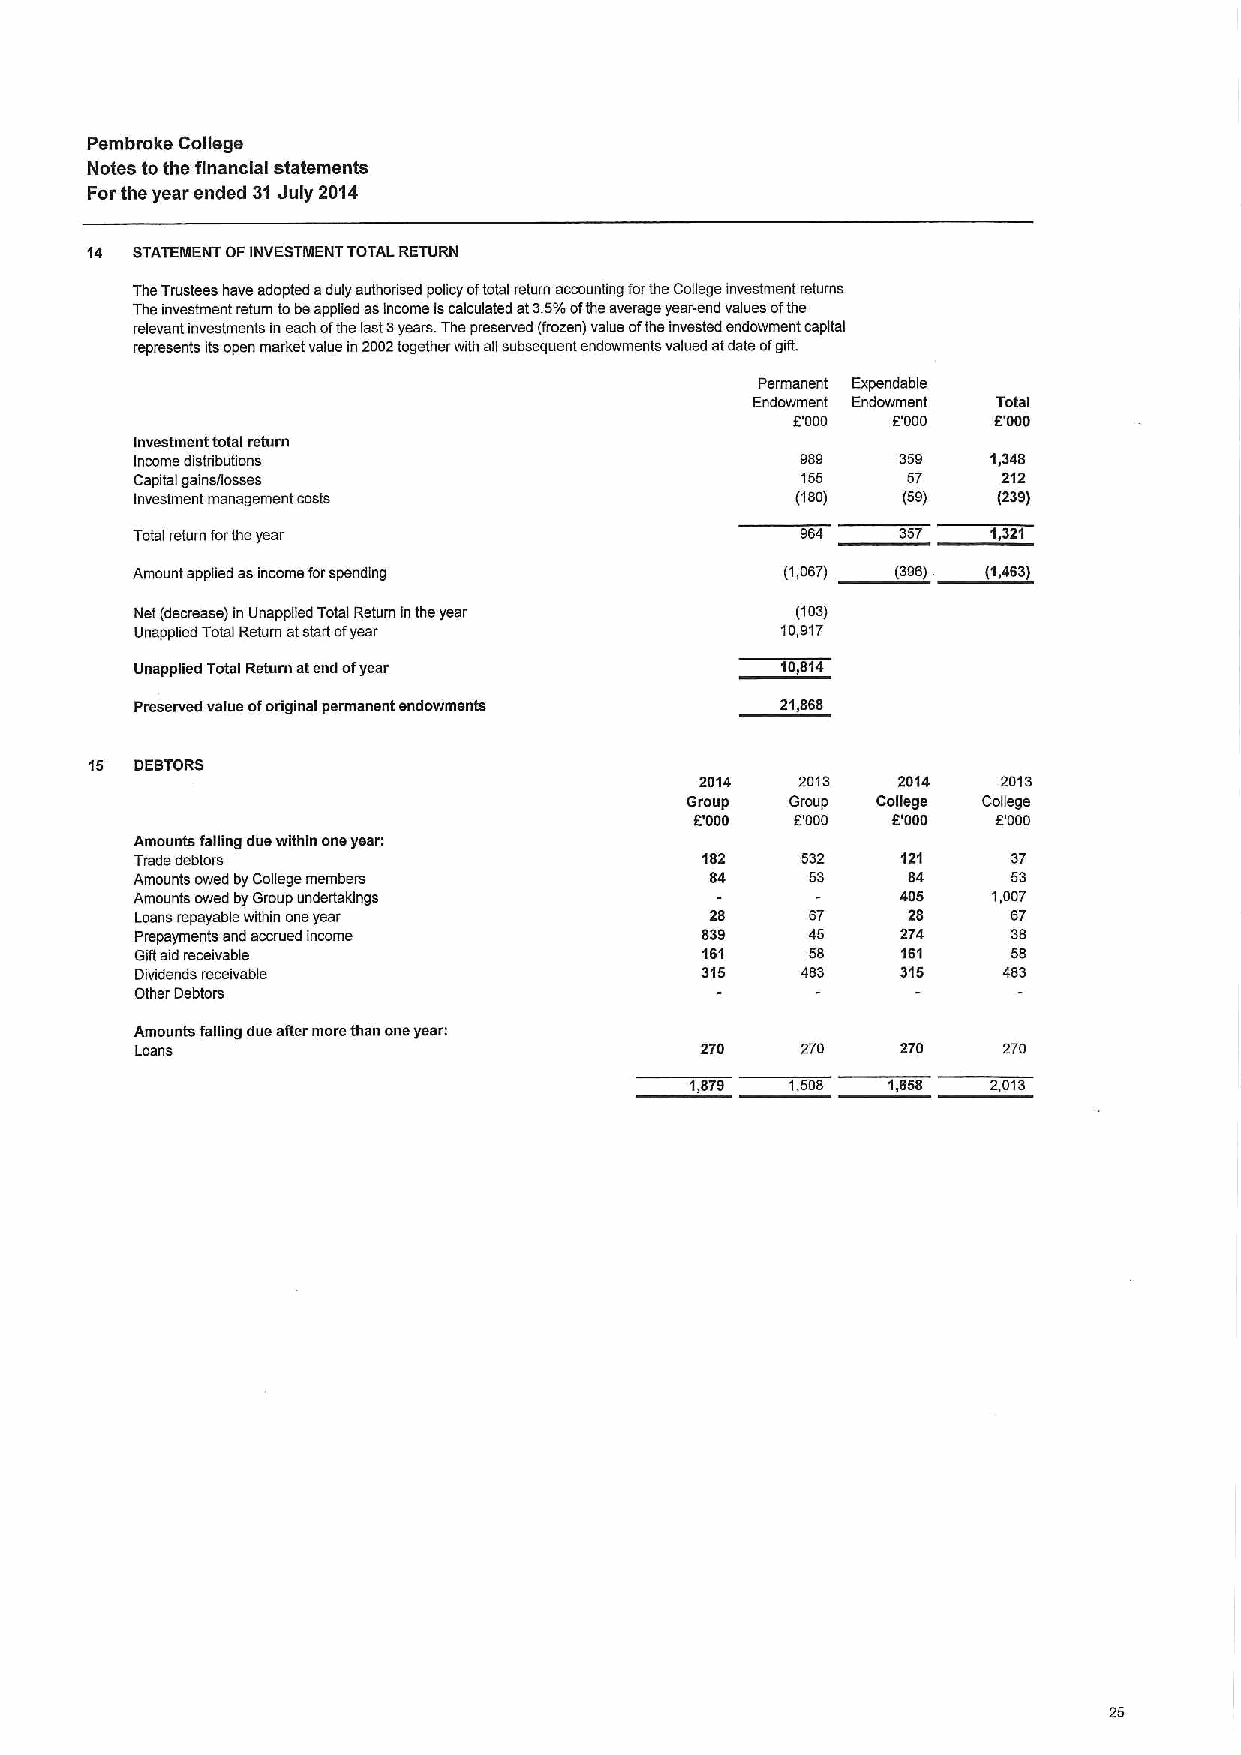
Pembroke College
 Notes tothe financial statements
 Forthe year ended 31July 2014
 14 STATEMENT OFINI/ESTMENT TOTAL RETURN
 TheTrustees have adopted aduly authorised policy oftotal return accounting forme College investment returns
 The investment return tobeapplied asincome iscalculated at3.5%ofthe average year-end values ofthe
 relevant investments in each ofthe last3years. The preserved (frozen) value ofihe invested endowment capital
 represents itsopen market value in 2D02together with agsubsequent endowments valued atdate ofgift.
 Permanent Expendable
 Endowment Endowment Total
 E'ODO  5'ODO  E'000
 Investment total return
 Income distributions                        989   359    1,348
 Capital gains/losses                        155    57    212
 Investment management costs                 (18D)  (59)  (239)
 Total return forthe year                    964   357    1,321
 Amount applied asincome forspending        (1,D67) (396) (1,463)
 Net (decrease) in Unapplied Total Return inthe year (103)
 Unapplied Total Return atstart ofyear      10,917
 Unapplied Total Return atend ofyear        10,814
 Preserved value oforiginal permanent endowments 21,868
 15 DEBTORS
 2014   2013  2014   2D13
 Group  Group College College
 E'000  PODO  M000   E.'ODD
 Amounts falling due within oneyear:
 Trade debtors                        182    632    121    37
 Amounts owed byCollege members        84     53    84     53
 Amounts owed byGroup undertakings                  405   1,007
 Loans repayable within oneyear        28     67    28     67
 Prepayments and accrued income       839     45    274    38
 Giftaid receivable                   161     58    161    58
 Dividends receivable                 315    483    315   483
 Other Debtors
 Amounts falling dua after more than oneyear:
 Loans                                270    27D    270   270
 1,879 1,508  1,658  2,013
 25